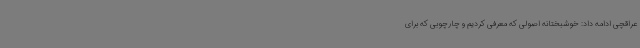
عراقچی ادامه داد: خوشبختانه اصولی که معرفی کردیم و چارچوبی که برای